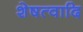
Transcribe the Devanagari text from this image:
शेषत्वादि